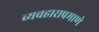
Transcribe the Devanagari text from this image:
व्यवहाराप्रमाणे